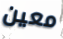
معين